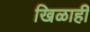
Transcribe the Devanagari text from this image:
खिळाही